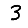
Digit: 3